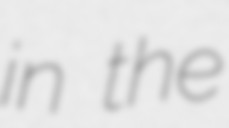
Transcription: in the